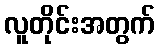
လူတိုင်းအတွက်